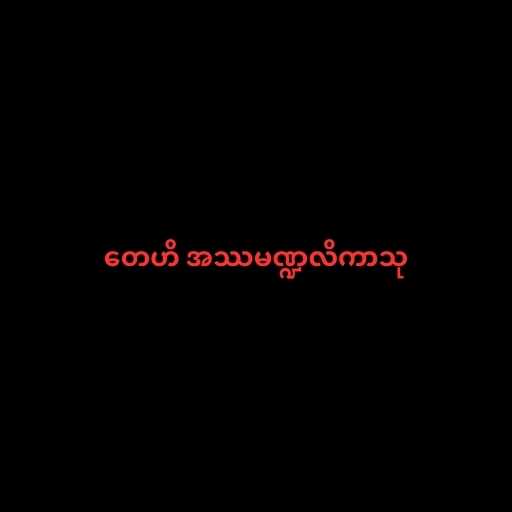
တေဟိ အဿမဏ္ဍလိကာသု